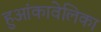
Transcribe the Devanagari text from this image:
हुआंकावेलिका